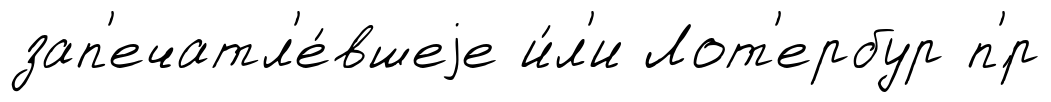
зап'ечатл'е́вшеjе и́л'и Лот'ербур п'́р